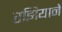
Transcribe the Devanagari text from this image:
रझियाने